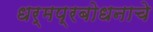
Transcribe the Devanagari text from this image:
धर्मप्रबोधनाचे